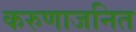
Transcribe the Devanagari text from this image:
करुणाजनित